Annual report of the Bengal Veterinary College and of the Civil Veterinary Department, Bengal, for the year 1909-1910 - 1909-1910
Year: 1909
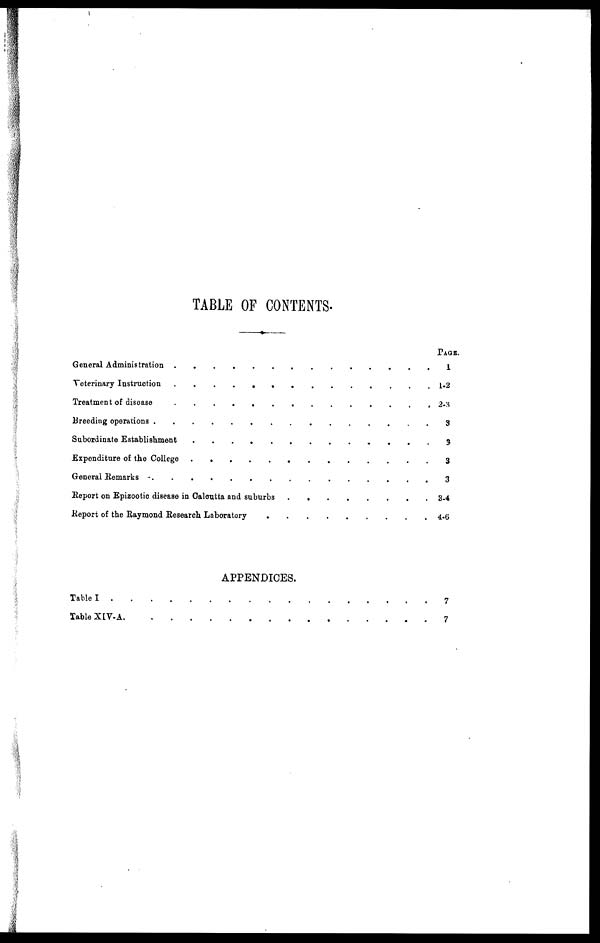
TABLE OF CONTENTS.
General Administration . . . . . . . . . .
Veterinary Instruction . . . . . . . . . .
Treatment of disease . . . . . . . . . .
Breeding operations . . . . . . . . . .
Subordinate Establishment
.
.
.
.
.
.
.
.
.
.
Expenditure of the College . . . . . . . . . .
General Remarks . . . . . . . . . .
Report on Epizootic disease in Calcutta and suburbs . . . . . . . . . .
Report of the Raymond Research Laboratory . . . . . . . . . .
APPENDICES.
Table I
.
.
.
.
.
.
.
.
.
.
Table
XIV-A.
.
.
.
.
.
.
.
.
.
.
PAGE.
1
1-2
3
3
3
3
3-4
4-6
7
7